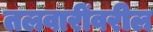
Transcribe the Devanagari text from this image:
तलवारींवरील